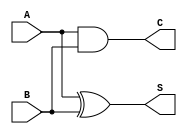
module ha(output S,C, input A,B);
	xor(S,A,B);
	and(C,A,B);
	endmodule

module ha_tb;
	reg A,B;
	wire S,C;

	ha i(S,C,A,B);
	initial begin
		A=0;B=0;
		#1 A=0;B=1;
		#1 A=1;B=0;
		#1 A=1;B=1;
	end

	initial begin
	$monitor("%t|A=%d|B=%d|S=%d|Cout=%d|", $time,A,B,S,C);
	end
	endmodule